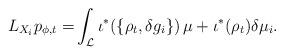
LaTeX: \begin{align*}L_{X_i}p_{\phi,t}=&\int_{\mathcal{L}}\iota^*(\{\rho_t,\delta g_i\})\,\mu+\iota^*(\rho_t)\delta\mu_i.\end{align*}